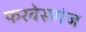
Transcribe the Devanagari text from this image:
फरबेसगंज